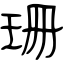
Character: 珊